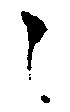
々